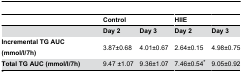
|  | Control |  | HIIE |  |
 | --- | --- | --- | --- | --- |
 |  | Day 2 | Day 3 | Day 2 | Day 3 |
 | Incremental TG AUC (mmol/l/7h) | 3.87±0.68 | 4.01±0.67 | 2.64±0.15 | 4.98±0.75 |
 | Total TG AUC (mmol/l/7h) | 9.47 ±1.07 | 9.36±1.07 | 7.46±0.54* | 9.05±0.92 |